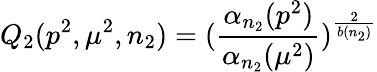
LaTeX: Q_{2}(p^{2},\mu^{2},n_{2})=(\frac{\alpha_{n_{2}}(p^{2})}{\alpha_{n_{2}}(\mu^{2})})^{\frac{2}{b(n_{2})}}